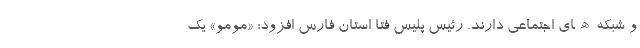
و شبکه‌ھای اجتماعی دارند. رئیس پلیس فتا استان فارس افزود: «مومو» یک